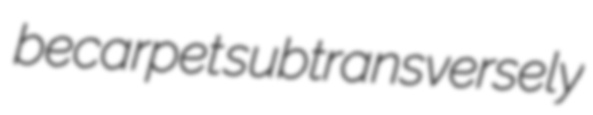
becarpet subtransversely